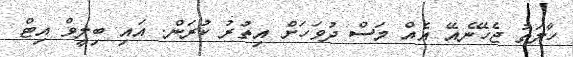
ހާލަތު ޖެހޭނެއޭ އެއް މަސް ދުވަހަށް އިތުރު ކުރަން. އައި ބިލީވް އިޓް